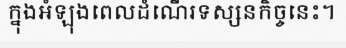
ក្នុងអំឡុងពេលដំណើរទស្សនកិច្ចនេះ។